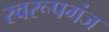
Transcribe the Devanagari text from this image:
स्वरूपगंज